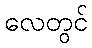
လေတွင်